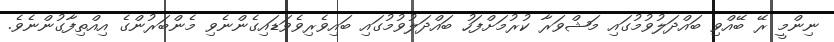
ނިންމީ ރޭ ބޭއްވި ބައްދަލުވުމުގައި މަޝްވަރާ ކުރުމަށްފަހު ބައްދަލުވުމުގައި ބައިވެރިވެވަޑައިގެންނެވި މެންބަރުންގެ އިއްތިފާގުންނެވެ.